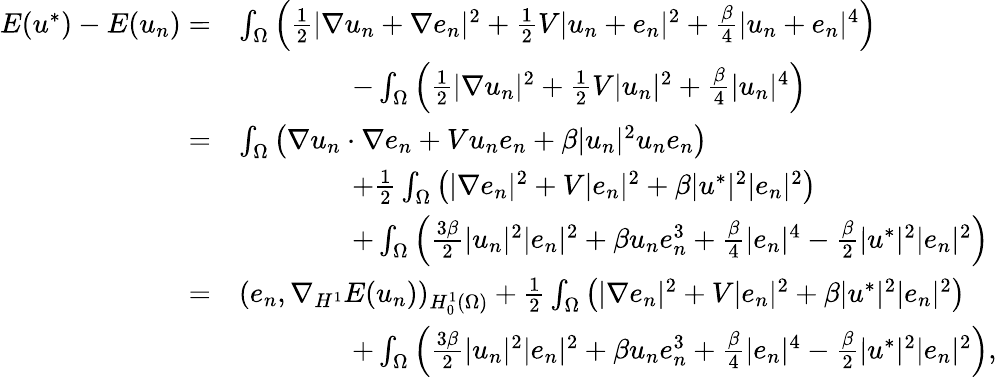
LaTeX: \begin{array}{rl}{E(u^{*})-E(u_{n})=}&{\int_{\Omega}\left(\frac{1}{2}|\nabla u_{n}+\nabla e_{n}|^{2}+\frac{1}{2}V|u_{n}+e_{n}|^{2}+\frac{\beta}{4}|u_{n}+e_{n}|^{4}\right)}\\ &{\qquad\qquad-\int_{\Omega}\left(\frac{1}{2}|\nabla u_{n}|^{2}+\frac{1}{2}V|u_{n}|^{2}+\frac{\beta}{4}|u_{n}|^{4}\right)}\\ {=}&{\int_{\Omega}\left(\nabla u_{n}\cdot\nabla e_{n}+Vu_{n}e_{n}+\beta|u_{n}|^{2}u_{n}e_{n}\right)}\\ &{\qquad\qquad+\frac{1}{2}\int_{\Omega}\left(|\nabla e_{n}|^{2}+V|e_{n}|^{2}+\beta|u^{*}|^{2}|e_{n}|^{2}\right)}\\ &{\qquad\qquad+\int_{\Omega}\left(\frac{3\beta}{2}|u_{n}|^{2}|e_{n}|^{2}+\beta u_{n}e_{n}^{3}+\frac{\beta}{4}|e_{n}|^{4}-\frac{\beta}{2}|u^{*}|^{2}|e_{n}|^{2}\right)}\\ {=}&{(e_{n},\nabla_{H^{1}}E(u_{n}))_{H_{0}^{1}(\Omega)}+\frac{1}{2}\int_{\Omega}\left(|\nabla e_{n}|^{2}+V|e_{n}|^{2}+\beta|u^{*}|^{2}|e_{n}|^{2}\right)}\\ &{\qquad\qquad+\int_{\Omega}\left(\frac{3\beta}{2}|u_{n}|^{2}|e_{n}|^{2}+\beta u_{n}e_{n}^{3}+\frac{\beta}{4}|e_{n}|^{4}-\frac{\beta}{2}|u^{*}|^{2}|e_{n}|^{2}\right),}\end{array}